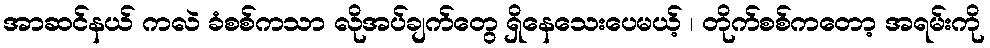
အာဆင်နယ် ကလဲ ခံစစ်ကသာ လိုအပ်ချက်တွေ ရှိနေသေးပေမယ့် ၊ တိုက်စစ်ကတော့ အရမ်းကို